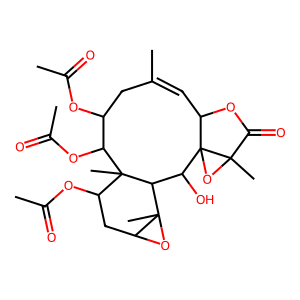
SMILES: CC(=O)OC1CC(C)=CC2OC(=O)C3(C)OC23C(O)C2C3(C)OC3CC(OC(C)=O)C2(C)C1OC(C)=O
Inhibits HIV replication: No